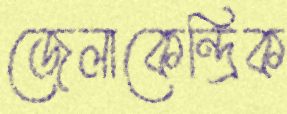
জেলাকেন্দ্রিক